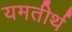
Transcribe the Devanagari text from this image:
यमतीर्थ